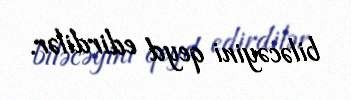
biləcəyini qeyd edirdilər.